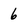
Character: 6